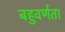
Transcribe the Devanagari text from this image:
बहुवर्णता